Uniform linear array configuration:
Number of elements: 24
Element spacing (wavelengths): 1
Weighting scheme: hamming
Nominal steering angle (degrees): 15
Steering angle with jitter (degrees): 16.111
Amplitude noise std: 0.05
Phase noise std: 0.05

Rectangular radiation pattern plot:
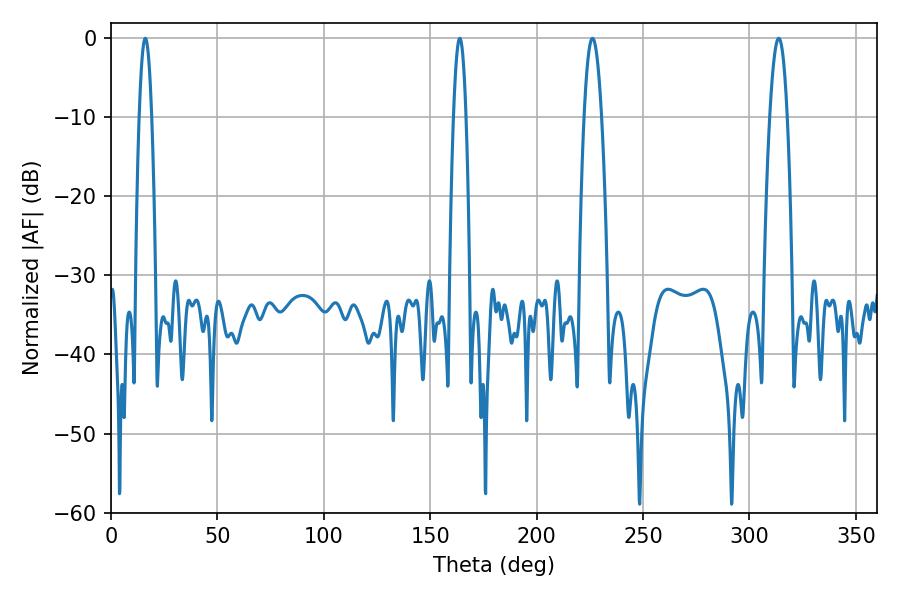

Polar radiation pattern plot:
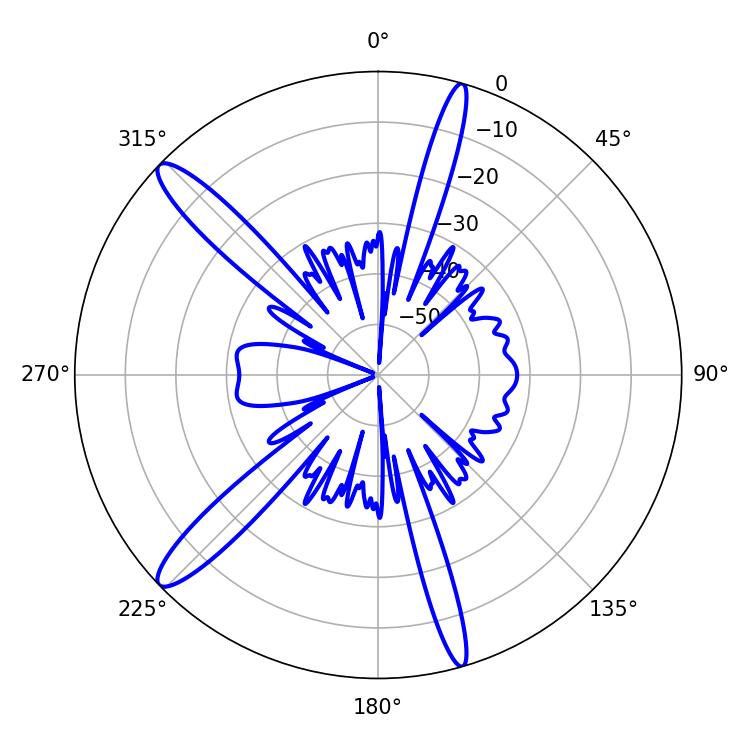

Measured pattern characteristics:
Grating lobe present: TRUE
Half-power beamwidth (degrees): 4.5
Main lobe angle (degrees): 313.74